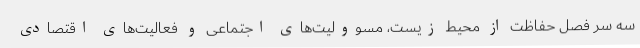
سه سر فصل حفاظت از محیط زیست، مسوولیت‌های اجتماعی و فعالیت‌های اقتصادی